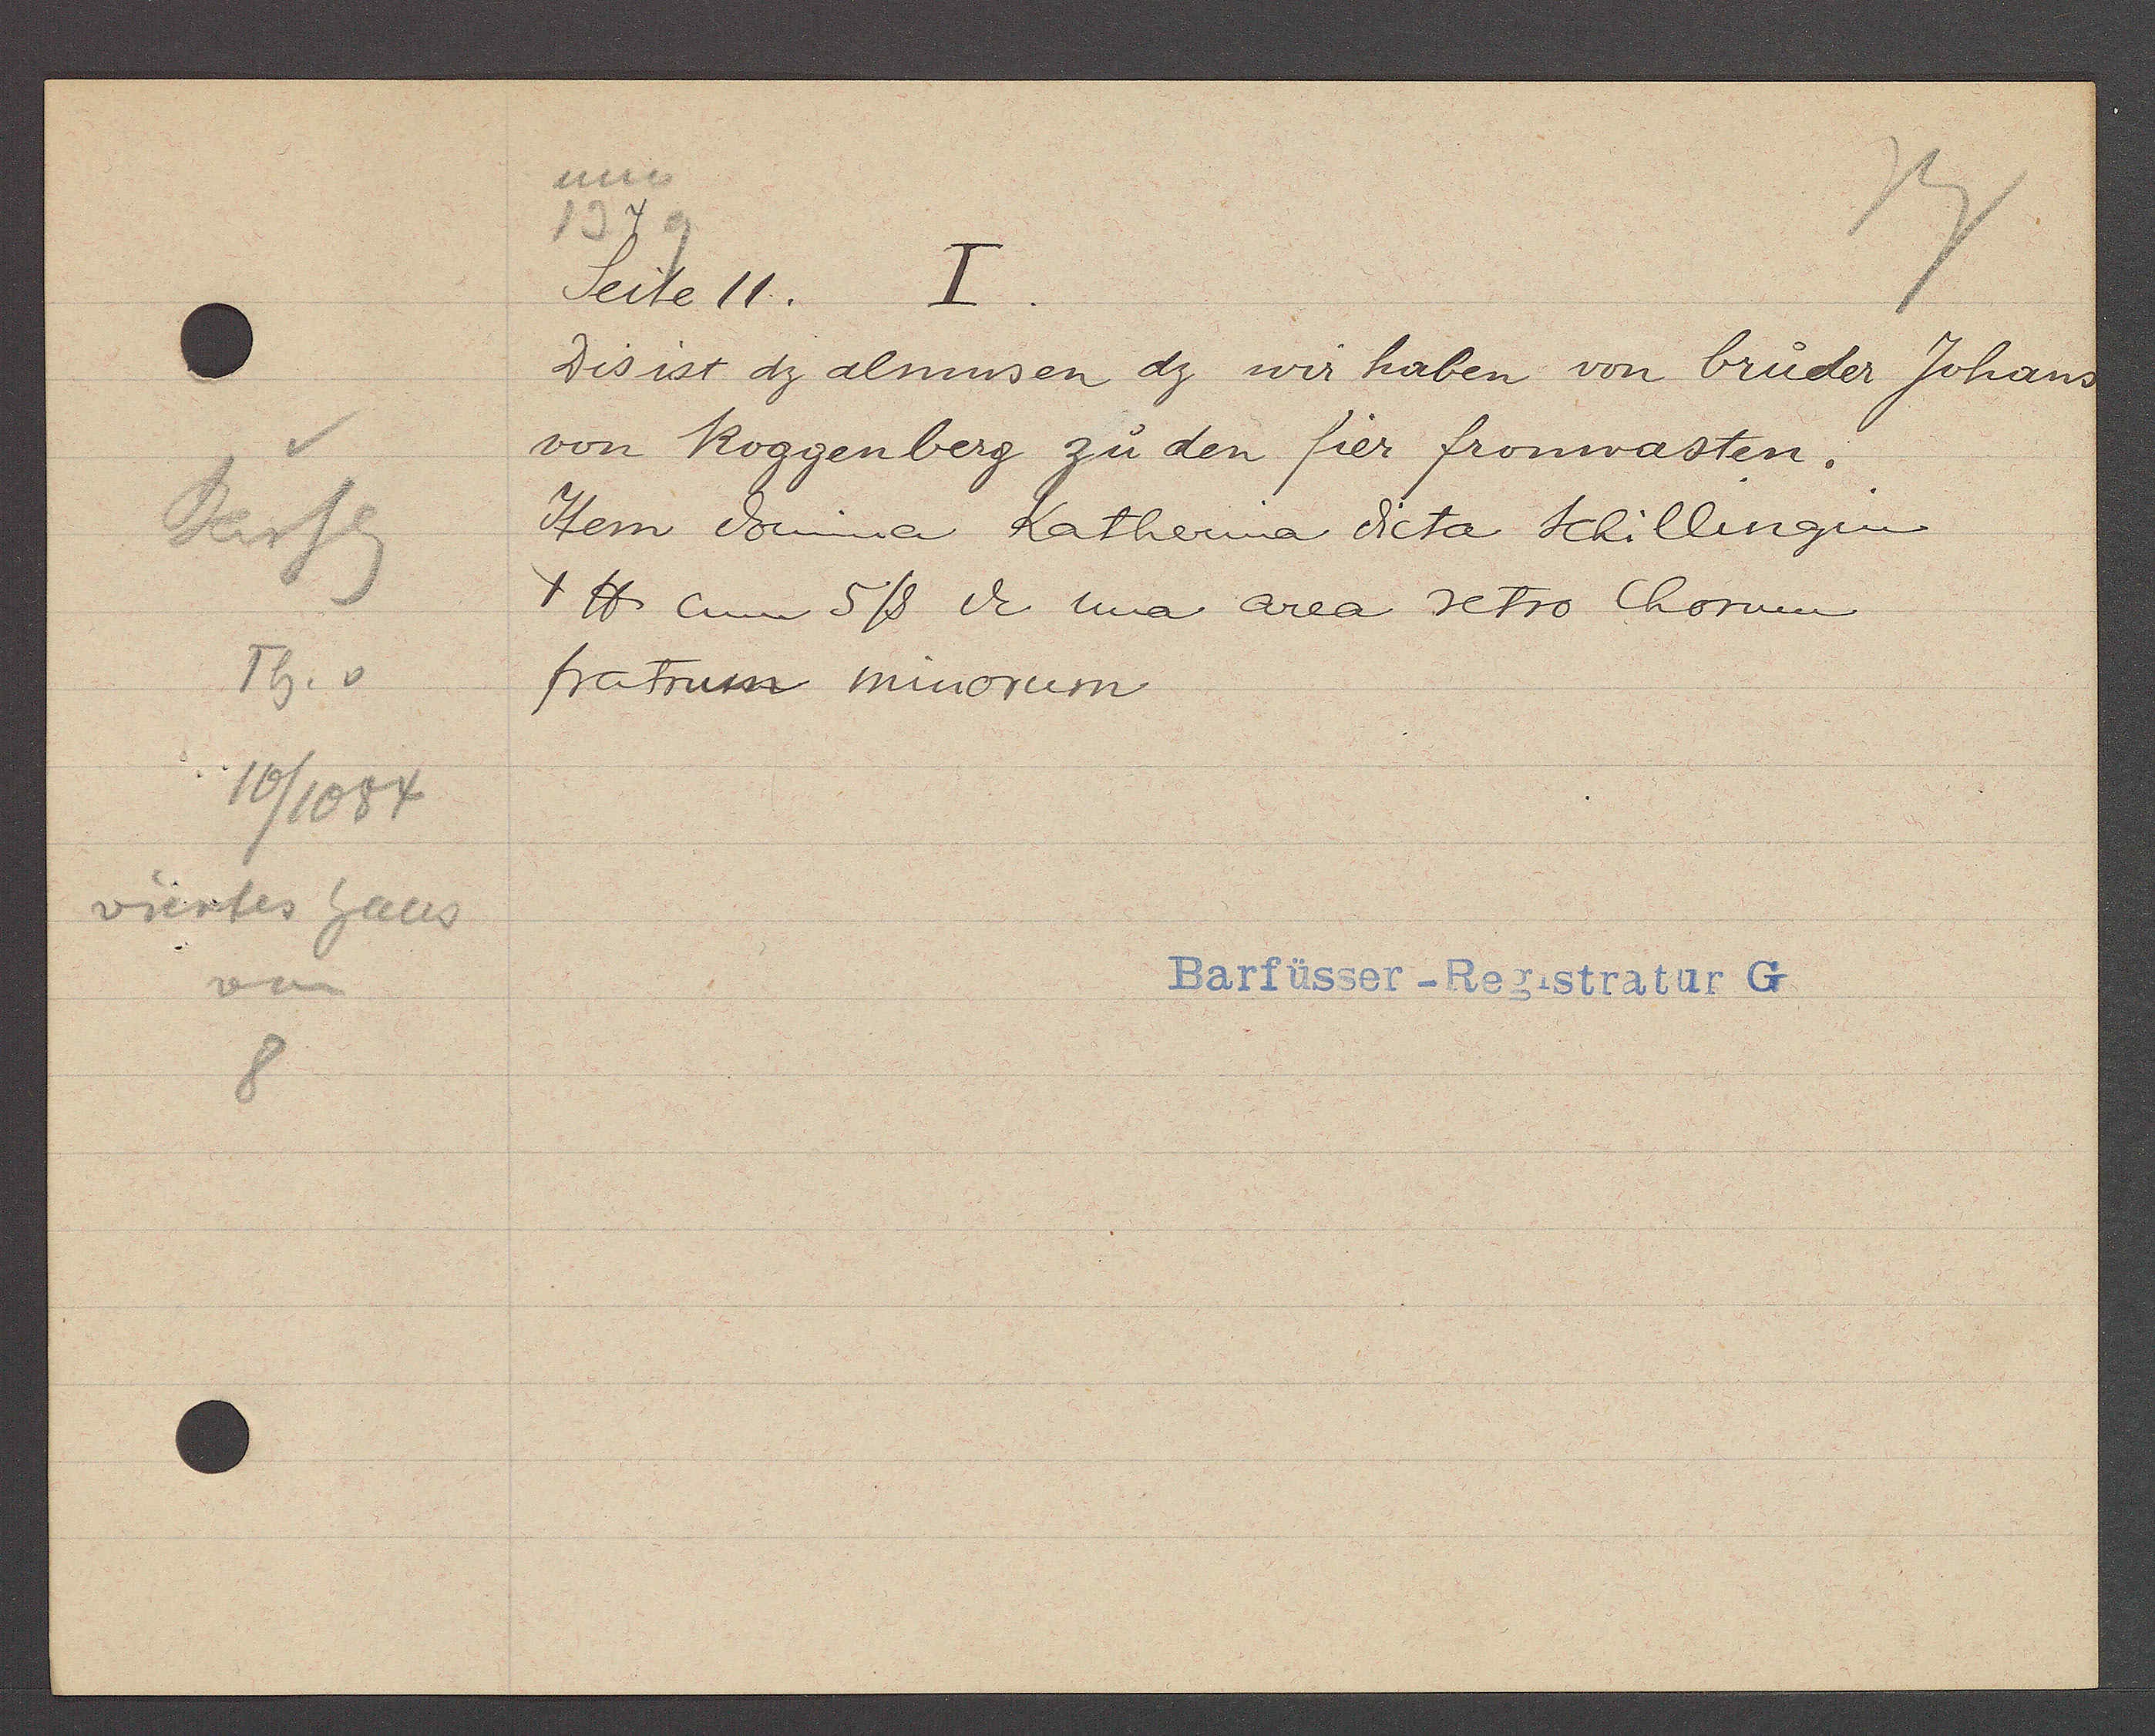
Transcript:
Barfg
Th. v
10/1084
viertes haus
von
8

um
1349

seite 11.
I.
Dis ist dz almusen dz wir haben von bruder Johans
von Roggenberg zu den fier fronwasten.
Item domina Katherina dicta Schillengin
4 ℔ cum 5ß de una area setro Chorum.
fratrum minorum

Barfüsser- Registratur G